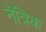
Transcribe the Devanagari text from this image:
नेत्रिक